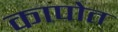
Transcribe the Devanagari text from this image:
कापोत